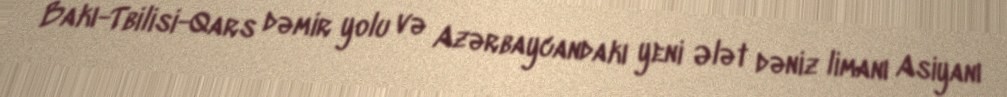
Bakı-Tbilisi-Qars dəmir yolu və Azərbaycandakı yeni Ələt dəniz limanı Asiyanı